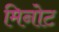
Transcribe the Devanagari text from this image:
मिनोट